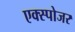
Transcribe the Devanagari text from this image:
एक्‍स्पोजर